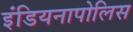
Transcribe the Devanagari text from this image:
इंडियनापोलिस